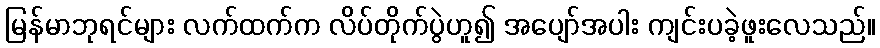
မြန်မာဘုရင်များ လက်ထက်က လိပ်တိုက်ပွဲဟူ၍ အပျော်အပါး ကျင်းပခဲ့ဖူးလေသည်။